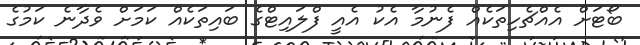
ބޯޓަށް އެއްޗެހިތަކެއް ފެނުމާ އެކު އެއީ ފްލައިޓްގެ ބައިތަކެއް ކަމަށް ވެދާނެ ކަމުގެ